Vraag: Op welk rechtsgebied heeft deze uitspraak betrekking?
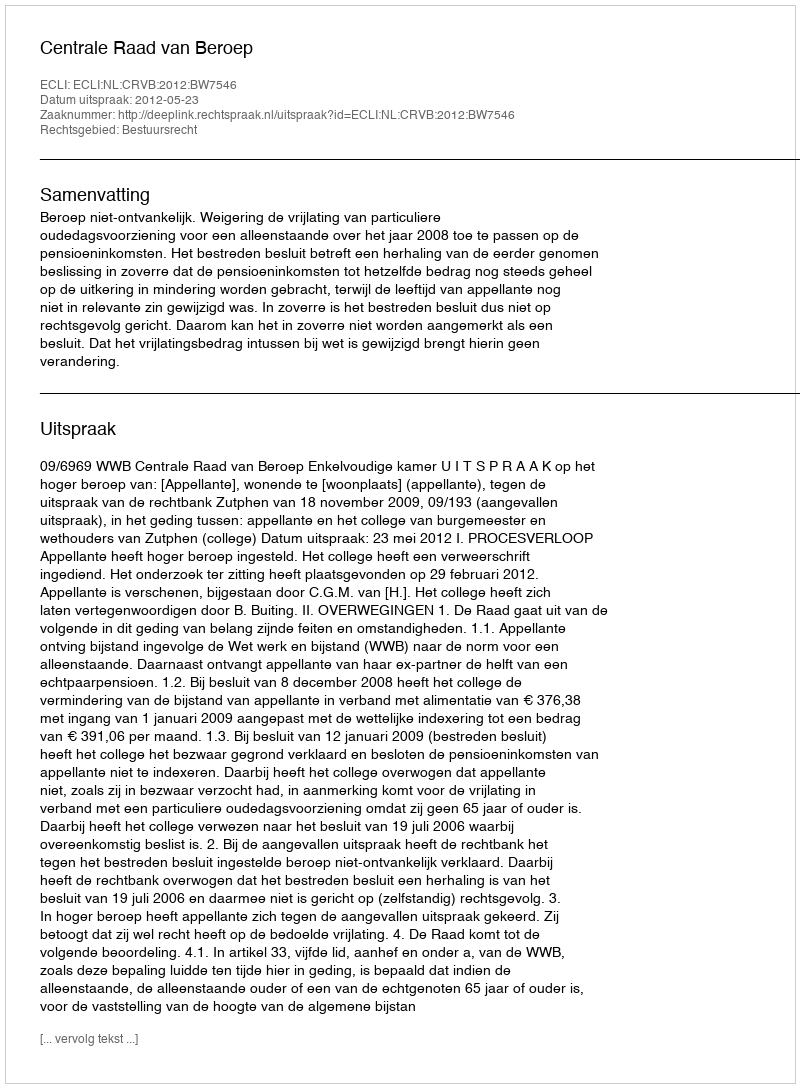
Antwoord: Bestuursrecht